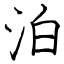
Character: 泊